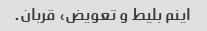
اینم بلیط و تعویض، قربان.